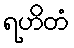
ရဟိတံ